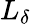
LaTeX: L_{\delta}